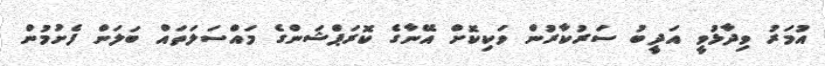
އުމަރު ވިދާޅުވީ އަދީބު ސަރުކާރުން ވަކިކޮށް އޭނާގެ ކޮރަޕްޝަންގެ މައްސަލަތައް ބަލަން ފެށުމުން